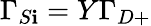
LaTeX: \Gamma_{S\mathbf{i}}=Y\Gamma_{D+}